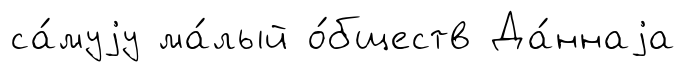
са́муjу ма́лый о́бществ Да́ннаjа